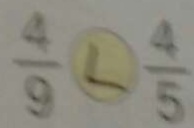
\frac { 4 } { 9 } \textcircled { < } \frac { 4 } { 5 }